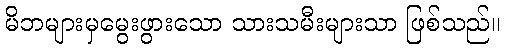
မိဘများမှမွေးဖွားသော သားသမီးများသာ ဖြစ်သည်။